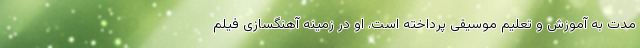
مدت به آموزش و تعلیم موسیقی پرداخته است. او در زمینه آهنگسازی فیلم